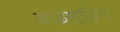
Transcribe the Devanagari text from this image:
ग्राइण्डिंग